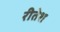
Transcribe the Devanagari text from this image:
रीतेश